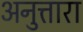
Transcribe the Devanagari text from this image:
अनुत्तारा